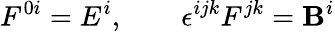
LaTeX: F^{0i}=E^{i},\qquad\epsilon^{ijk}F^{jk}=\mathbf{B}^{i}